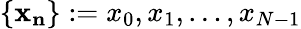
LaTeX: \left\{ \mathbf{x_{n}}\right\} :=x_{0},x_{1},\ldots,x_{N-1}